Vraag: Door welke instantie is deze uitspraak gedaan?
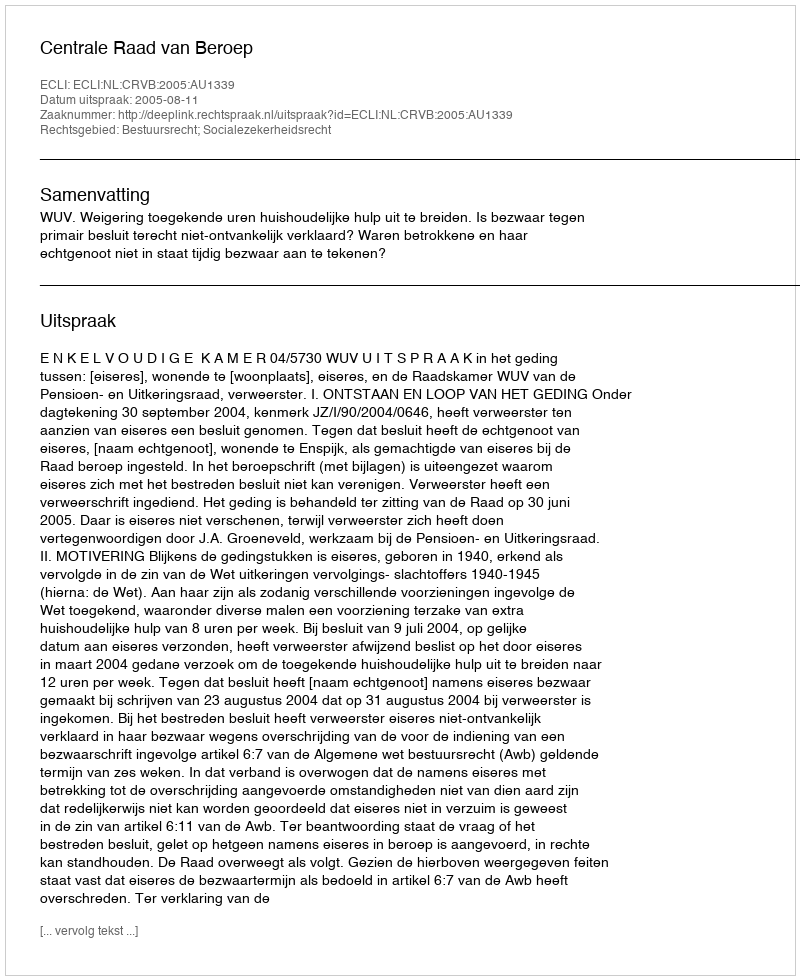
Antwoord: Centrale Raad van Beroep